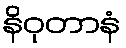
နိဝုတာနံ